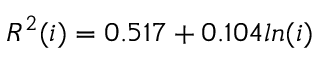
R ^ { 2 } ( i ) = 0 . 5 1 7 + 0 . 1 0 4 l n ( i )